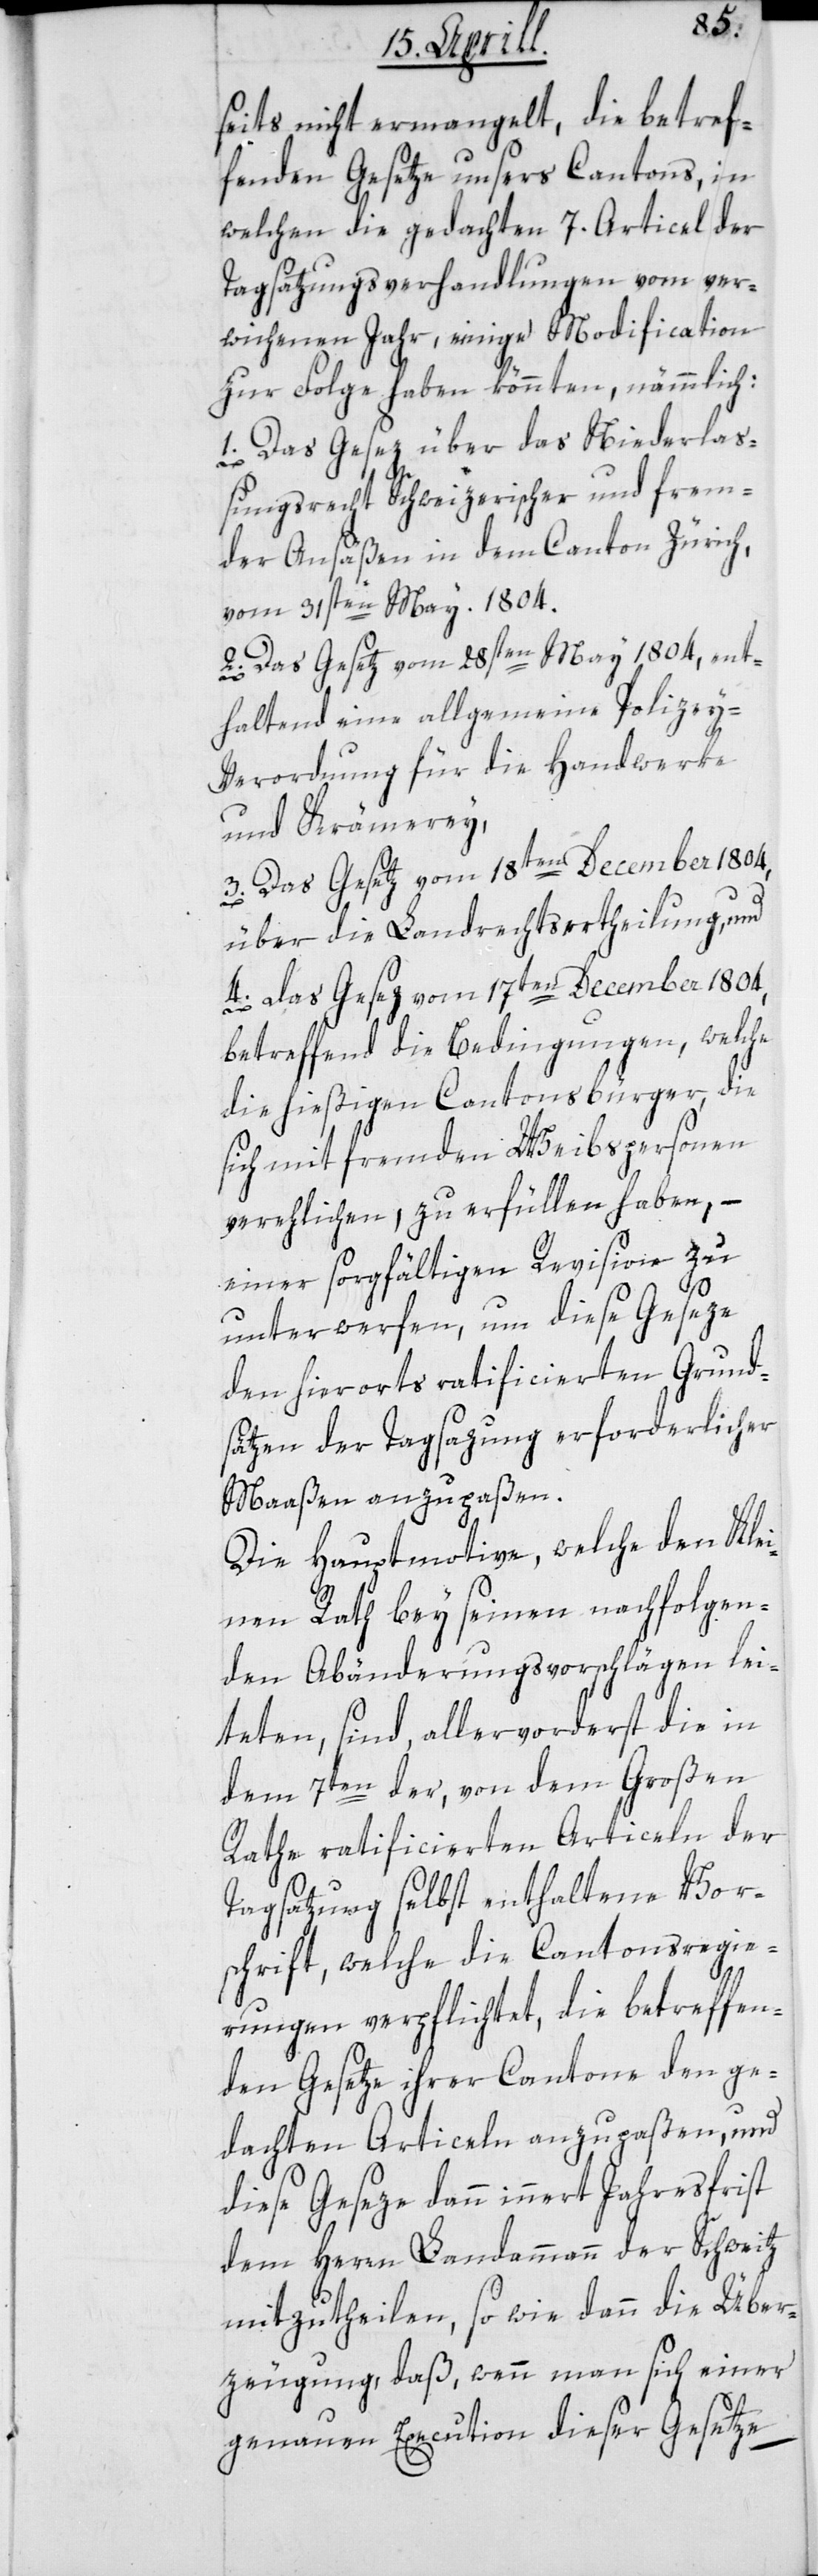
seits nicht ermangelt, die betref¬
fenden Gesetze unsers Cantons, in
welchen die gedachten 7. Articel der
Tagsatzungsverhandlungen vom ver¬
wichenen Jahr, einige Modification
zur Folge haben könnten, nämmlich:
1. Das Gesez über das Niederlaß¬
ungsrecht Schweizerischer und frem¬
der Ansäßen in dem Canton Zürich
vom 31sten May 1804.
2. Das Gesetz vom 28sten May 1804, ent¬
haltend eine allgemeine Polizey-V¬
erordnung für die Handwerke
und Krämerey.
3. Das Gesetz vom 18ten December 1804,
über die Landrechtsertheilung, und
4. Das Gesez vom 17ten December 1804,
betreffend die Bedingungen, welche
die hießigen Cantonsbürger, die
sich mit fremden Weibspersonen
verehlichen, zu erfüllen haben, –
einer sorgfältigen Revision zu
unterwerfen, um diese Geseze
den hierorts ratificierten Grund¬
sätzen der Tagsazung erforderlicher
Maaßen anzupaßen.
Die Hauptmotive, welche den Klei¬
nen Rath bey seinen nachfolgen¬
den Abänderungsvorschlägen lei¬
teten, sind allervorderst die in
dem 7ten der, von dem Großen
Rathe ratificierten Articeln der
Tagsatzung selbst enthaltene Vor¬
schrift, welche die Cantonsregie¬
rungen verpflichtet, die betreffen¬
den Gesetze ihrer Cantone den ge¬
dachten Articeln anzupaßen, und
diese Geseze dann innert Jahresfrist
dem Herren Landammann der Schweitz
mitzutheilen, so wie dann die Über¬
zeugung, daß, wenn man sich einer
genauen Execution dieser Gesetze